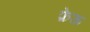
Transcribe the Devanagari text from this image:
फ़ेऊ